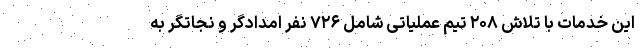
این خدمات با تلاش ۲۰۸ تیم عملیاتی شامل ۷۲۶ نفر امدادگر و نجاتگر به